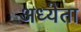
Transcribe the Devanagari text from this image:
अध्‍येता